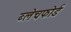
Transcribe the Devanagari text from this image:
ब्लेचफोर्ड